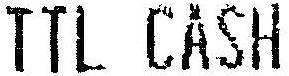
TTL CASH